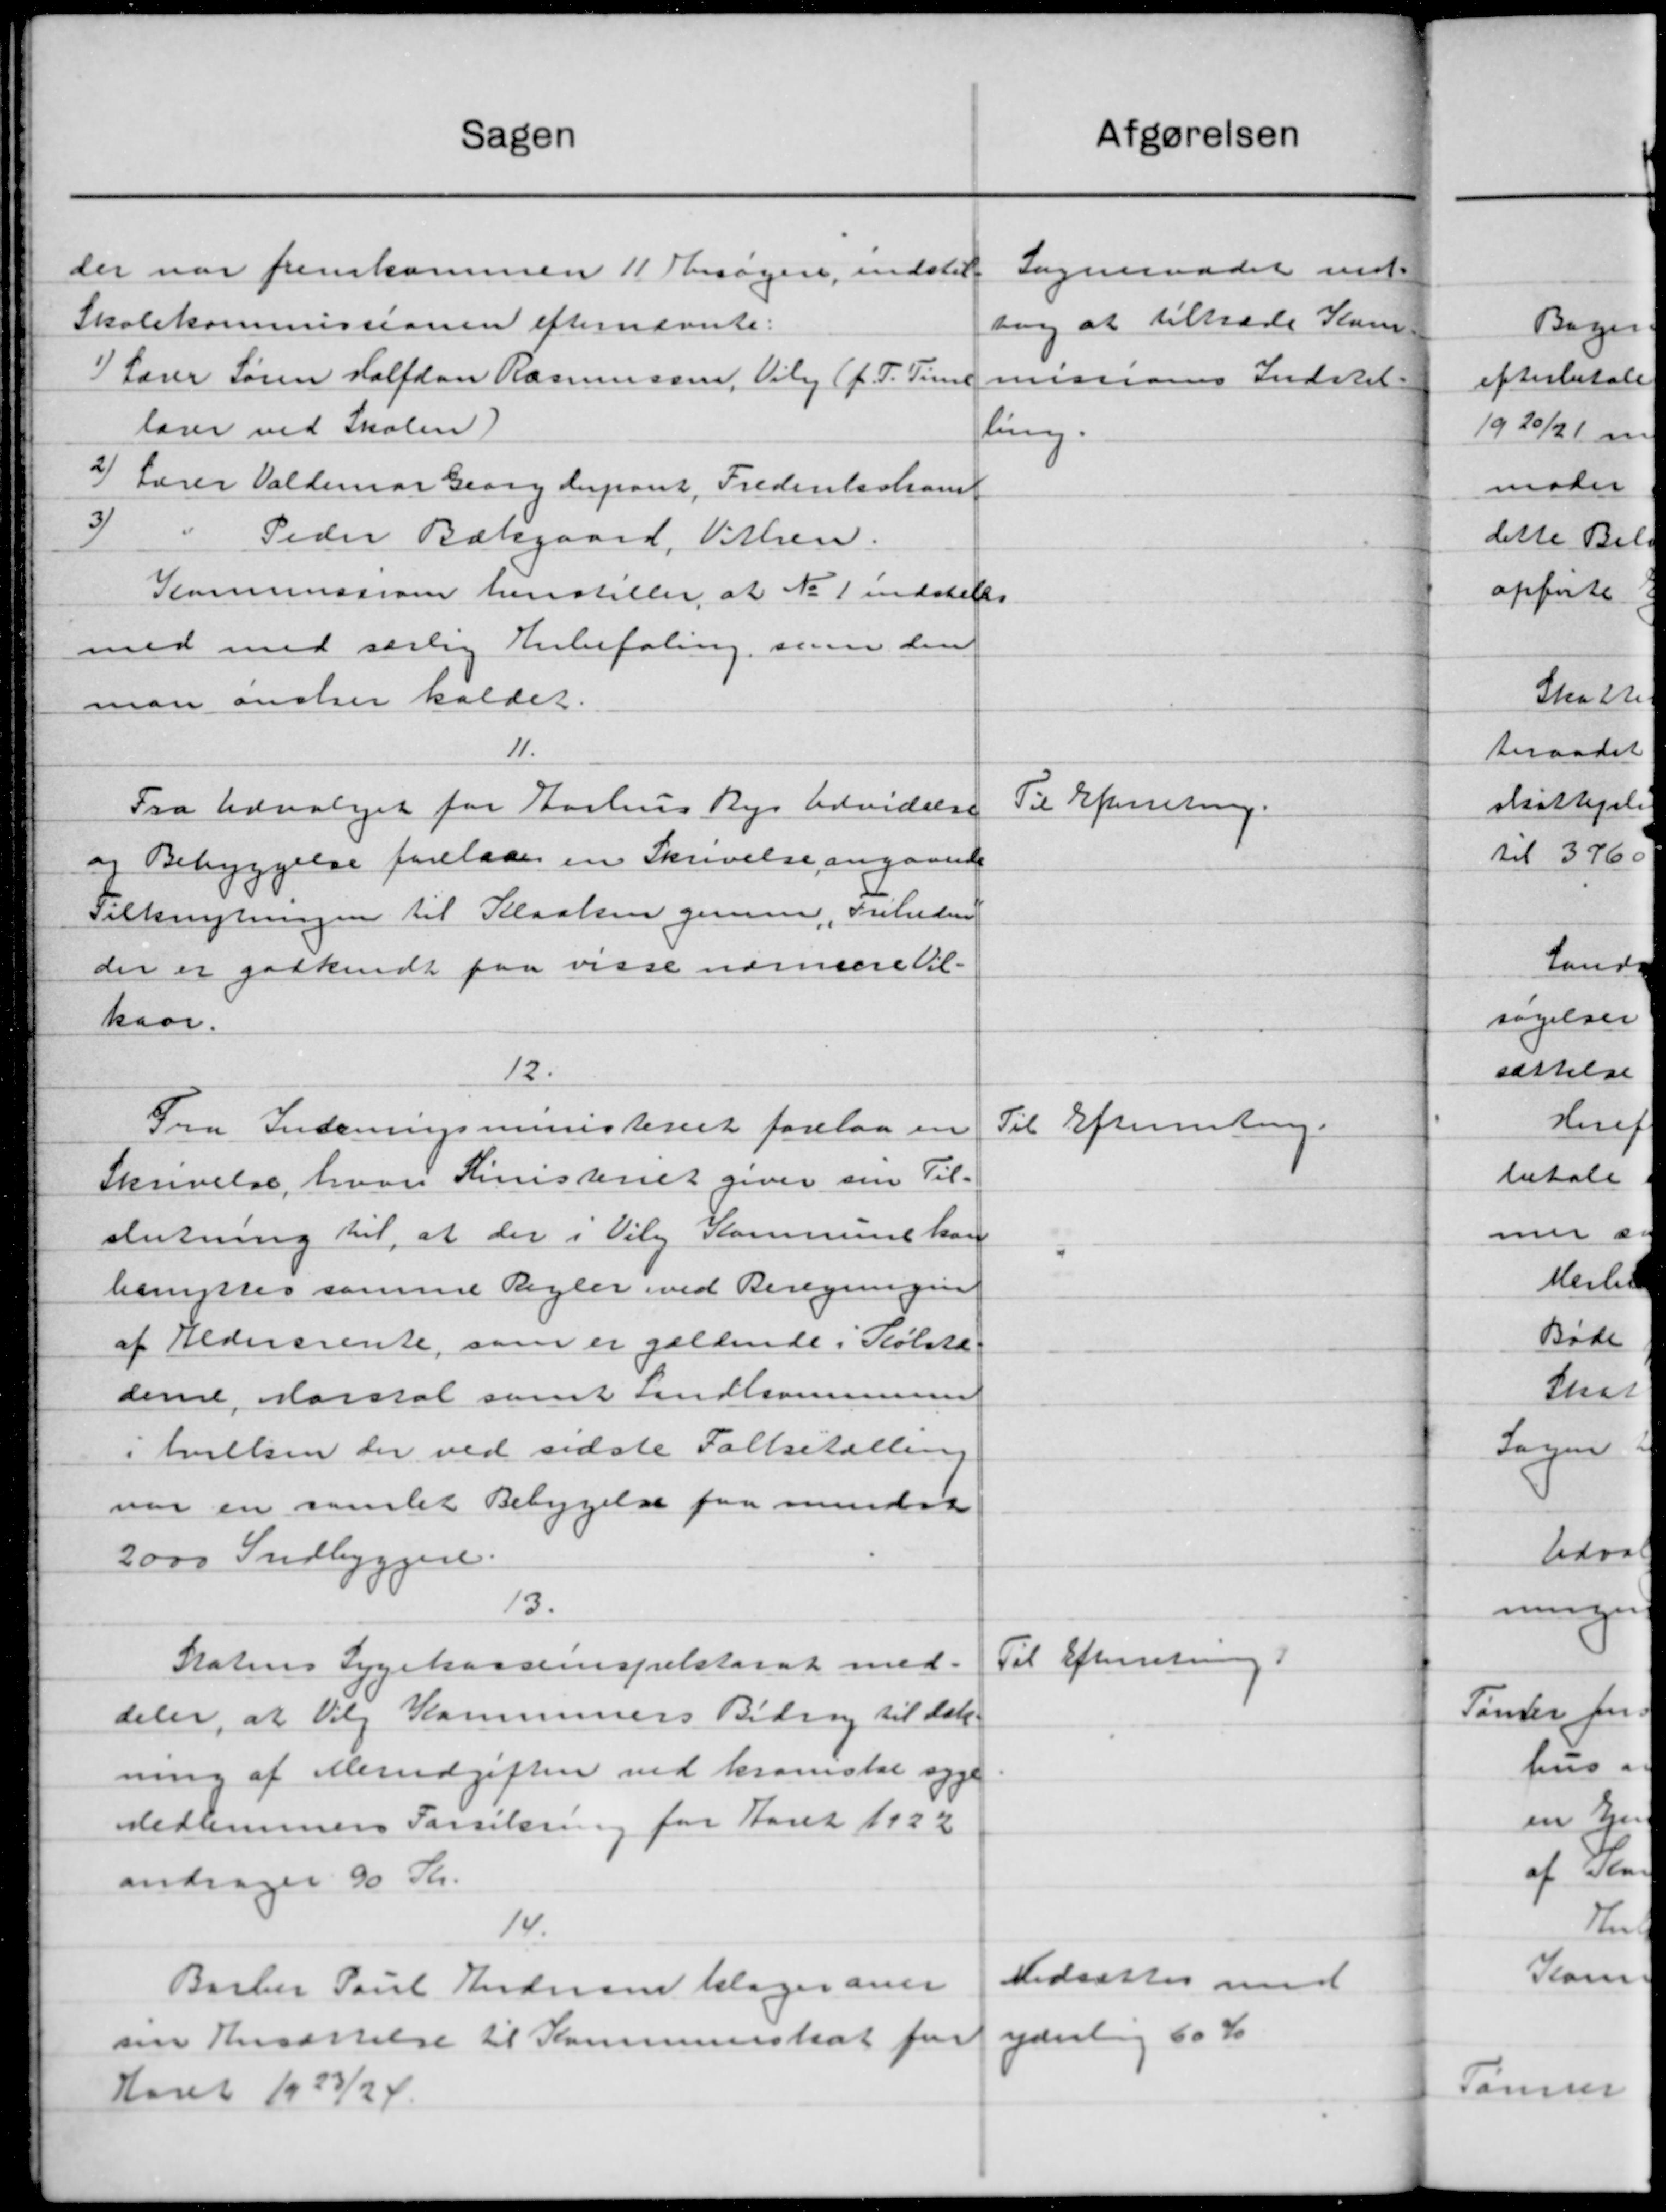
Transskription:
afgørelsen
Sagen
Sogneraadet ind-
der var fremkommen 11 Ansøgere, indstil
sag at tiltræde Kom
Skolekommissionen efternævnte:
1) Lærer Søren Halfdan Rasmussen, Viby (f. T. Time
missiones Indstil-
lærer ved Skolen)
ling.
2) Lærer Valdemar Georg derpart, Frederiksham
3
"
Peder Bækgaard, Vithen.
Kommission henstiller at No 1 indstilles
med med særlig Anbefaling, som den
man ønsker kaldet.
11.
Til Efterretning.
Fra Udvalget for Aarhus Bys Udvidelse
og Bebyggelse forelaa en Skrivelse angaaende
Tilknytningen til Kloaken Jensee, Friheden
der er godkendt paa visse nærmere til-
kaar.
12.
Til Efterretning.
Fra Indenrigsministeriet forelaa en
Skrivelse, hvori Ministeriet giver sin Til-
slutning til, at der i Viby Kommune kan
benyttes samme Regler ved Beregningen
af Aldersrente, som er gældende i Købsta
derne, Karstal samt uindkommune
i Nielsen der ved sidste Folketælling
var en samlet Bebygelse fra mindre
2000 Indbyggere.
13.
Til Efterretning.
Statens Sygekasseinspektorat med-
deler, at Veilg Kommunens Bidrag til dat.
ning af Merudgiften ved kronstal syge
Medlemmers Forsikring for Aaret 1922
andrager 90 Kr.
14.
Nedsættes med
Barber Poul Andersen klager over
yderlig 60 Kr.
sin Ansættelse til Kommuneskat fo
Aaret 1923/24.